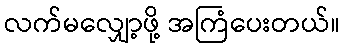
လက်မလျှော့ဖို့ အကြံပေးတယ်။